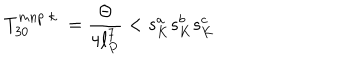
T _ { 3 0 } ^ { m n p \; k } \; = \frac { \Theta } { 4 \ell _ { P } ^ { 7 } } < s _ { K } ^ { a } s _ { K } ^ { b } s _ { K } ^ { c }